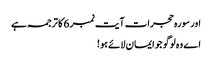
اور سورہ حجرات آیت نمبر 6 کا ترجمہ ہے
اے وہ لوگو جو ایمان لائے ہو!